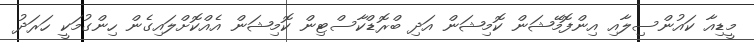
މީޑިއާ ކައުންސިލާއި އިންފޮމޭޝަން ކޮމިޝަން އަދި ބްރޮޑްކާސްޓިން ކޮމިޝަން އެއްކޮށްލައިގެން ހިންގުމަކީ ހަރަދު